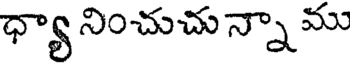
ధ్యా నించుచు న్నా ము